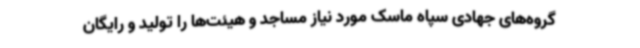
گروه‌های جهادی سپاه ماسک‌ مورد نیاز مساجد و هیئت‌ها را تولید و رایگان